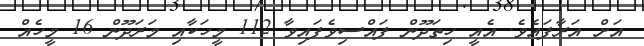
އަށް އަރާފައެވެ. އެއީ ހިތަދޫން ފައްސިވެފައިވާ 112 މީހަކާއި މަރަދޫން 16 މީހެއް